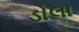
ડોલા